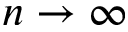
n \rightarrow \infty